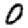
Digit: 0